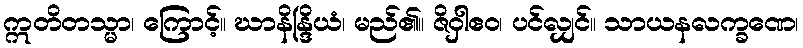
ဣတိတသ္မာ၊ ကြောင့်။ ဃာနိန္ဒြိယံ၊ မည်၏။ ဇိဝှါဧဝ၊ ပင်လျှင်။ သာယနလက္ခဏေ၊